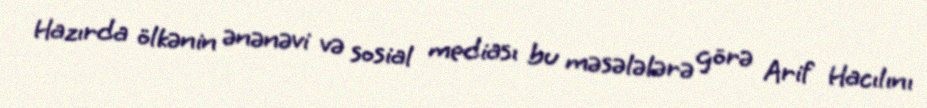
Hazırda ölkənin ənənəvi və sosial mediası bu məsələlərə görə Arif Hacılını